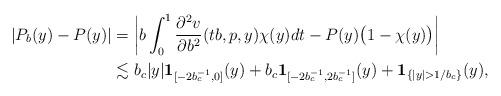
LaTeX: \begin{align*}|P_b(y)-P(y)|&=\bigg{|}b\int_0^1\frac{\partial^2v}{\partial b^2}(tb,p,y)\chi(y)dt-P(y)\big{(}1-\chi(y)\big{)}\bigg{|}\\&\lesssim b_c|y|\mathbf{1}_{[-2b_c^{-1},0]}(y)+b_c\mathbf{1}_{[-2b_c^{-1},2b_c^{-1}]}(y)+\mathbf{1}_{\{|y|>1/b_c\}}(y),\end{align*}